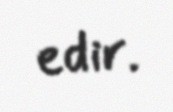
edir.